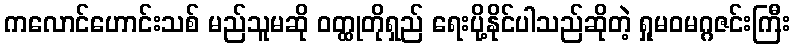
ကလောင်ဟောင်းသစ် မည်သူမဆို ဝတ္ထုတိုရှည် ရေးပို့နိုင်ပါသည်ဆိုတဲ့ ရှုမဝမဂ္ဂဇင်းကြီး